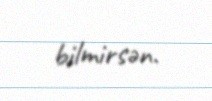
bilmirsən.